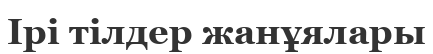
Ірі тілдер жанұялары